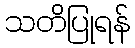
သတိပြုရန်